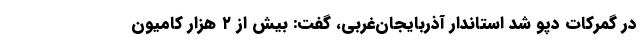
در گمرکات دپو شد استاندار آذربایجان‌غربی، گفت: بیش از ۲ هزار کامیون